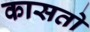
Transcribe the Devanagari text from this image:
कासतो